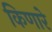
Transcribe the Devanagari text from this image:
किणारे